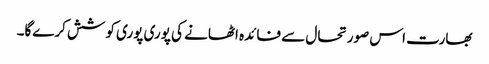
بھارت اس صورتحال سے فائدہ اٹھانے کی پوری پوری کوشش کرےگا۔